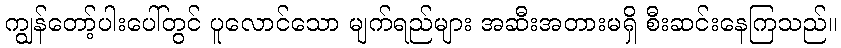
ကျွန်တော့်ပါးပေါ်တွင် ပူလောင်သော မျက်ရည်များ အဆီးအတားမရှိ စီးဆင်းနေကြသည်။